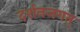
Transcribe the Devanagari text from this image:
दर्शनजगत्